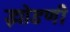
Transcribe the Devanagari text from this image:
झोडणी